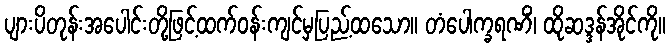
ပျားပိတုန်းအပေါင်းတို့ဖြင့်ထက်ဝန်းကျင်မှပြည့်ထသော။ တံပေါက္ခရဏိံ၊ ထိုဆဒ္ဒန်အိုင်ကို။